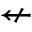
\nleftarrow